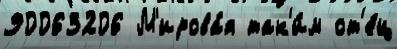
90063206 М'ирова́я так'и́м от'е́ц